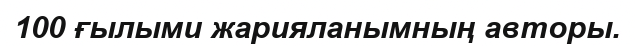
100 ғылыми жарияланымның авторы.